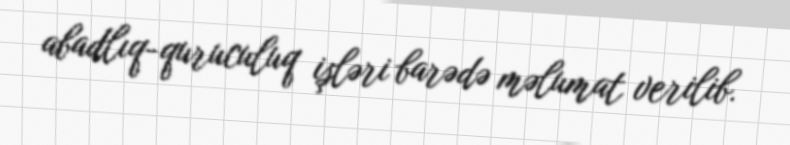
abadlıq-quruculuq işləri barədə məlumat verilib.